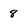
Character: 8